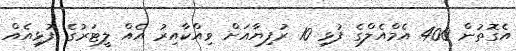
އެގޮތުން 400 އެމްއެލްގެ ފުޅި 10 ރުފިޔާއަށް ވިއްކާއިރު އެއް ލީޓަރުގެ ފުޅިއެއް